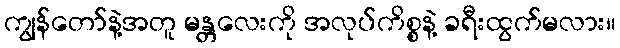
ကျွန်တော်နဲ့အတူ မန္တလေးကို အလုပ်ကိစ္စနဲ့ ခရီးထွက်မလား။